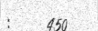
:     450